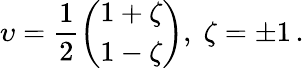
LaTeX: \upsilon=\frac{1}{2}\left(\begin{array}{c}{{1+\zeta}}\\ {{1-\zeta}}\end{array}\right),\; \zeta=\pm 1\, .